Scottish Leaving Certificate Examination, 1960
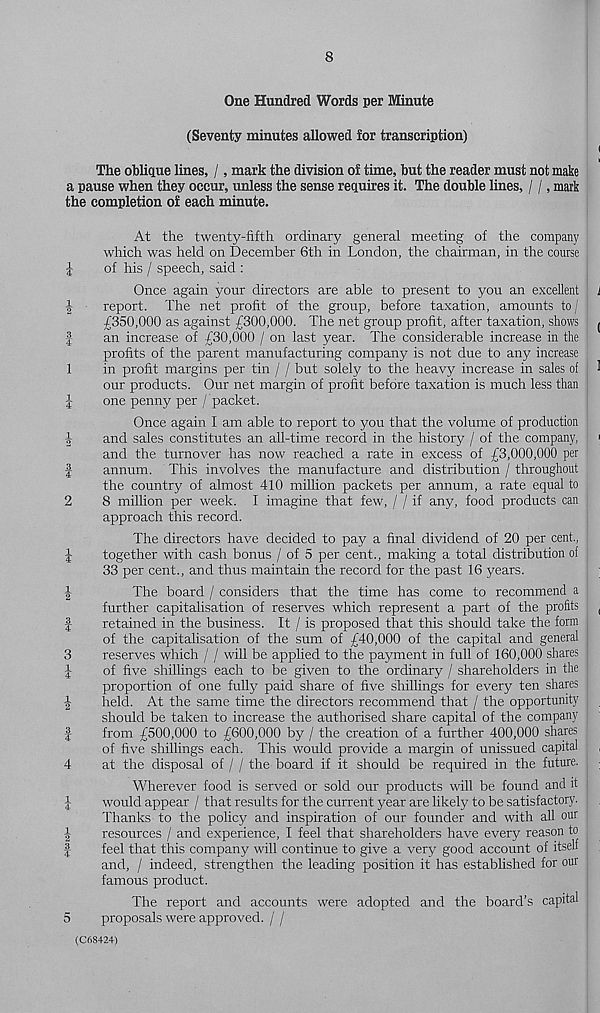
tf-lWCOlM (HM
^ iHCO toll-*
CO if^lco tO| M rfa. | M
tO iHW tO| M iMM >—* lHC0 tO]l-*
8
One Hundred Words per Minute
(Seventy minutes allowed for transcription)
The oblique lines, /, mark the division of time, but the reader must not make
a pause when they occur, unless the sense requires it. The double lines, / /, mark
the completion of each minute.
At the twenty-fifth ordinary general meeting of the company
which was held on December 6th in London, the chairman, in the course
of his / speech, said :
Once again your directors are able to present to you an excellent
report. The net profit of the group, before taxation, amounts to /
£350,000 as against £300,000. The net group profit, after taxation, shows
an increase of £30,000 / on last year. The considerable increase in the
profits of the parent manufacturing company is not due to any increase
in profit margins per tin / / but solely to the heavy increase in sales of
our products. Our net margin of profit before taxation is much less than
one penny per / packet.
Once again I am able to report to you that the volume of production
and sales constitutes an all-time record in the history / of the company,
and the turnover has now reached a rate in excess of £3,000,000 per
annum. This involves the manufacture and distribution / throughout
the country of almost 410 million packets per annum, a rate equal to
8 million per week. I imagine that few, / / if any, food products can
approach this record.
The directors have decided to pay a final dividend of 20 per cent.,
together with cash bonus / of 5 per cent., making a total distribution of
33 per cent., and thus maintain the record for the past 16 years.
The board / considers that the time has come to recommend a
further capitalisation of reserves which represent a part of the profits
retained in the business. It / is proposed that this should take the form
of the capitalisation of the sum of £40,000 of the capital and general
reserves which / / will be applied to the payment in full of 160,000 shares
of five shillings each to be given to the ordinary / shareholders in the
proportion of one fully paid share of five shillings for every ten shares
held. At the same time the directors recommend that / the opportunity
should be taken to increase the authorised share capital of the company
from £500,000 to £600,000 by / the creation of a further 400,000 shares
of five shillings each. This would provide a margin of unissued capital
at the disposal of / / the board if it should be required in the future.
Wherever food is served or sold our products will be found and it
would appear / that results for the current year are likely to be satisfactory.
Thanks to the policy and inspiration of our founder and with all our
resources / and experience, I feel that shareholders have every reason to
feel that this company will continue to give a very good account of itself
and, / indeed, strengthen the leading position it has established for our
famous product.
The report and accounts were adopted and the board’s capital
5
proposals were approved. / /
(C68424)